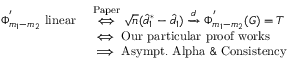
\begin{array} { r l } { \Phi _ { m _ { 1 } - m _ { 2 } } ^ { ' } \mathrm { ~ l i n e a r ~ } } & { \overset { \mathrm { P a p e r } } { \iff } \sqrt { n } ( \hat { d } _ { 1 } ^ { * } - \hat { d } _ { 1 } ) \xrightarrow { d } \Phi _ { m _ { 1 } - m _ { 2 } } ^ { ' } ( G ) = T } \\ & { \iff \mathrm { O u r ~ p a r t i c u l a r ~ p r o o f ~ w o r k s } } \\ & { \implies \mathrm { A s y m p t . ~ A l p h a ~ \& ~ C o n s i s t e n c y } } \end{array}